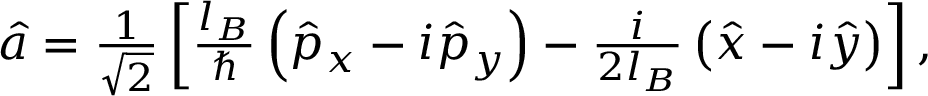
\begin{array} { r } { \hat { a } = \frac { 1 } { \sqrt { 2 } } \left[ \frac { l _ { B } } { \hbar } \left( \hat { p } _ { x } - i \hat { p } _ { y } \right) - \frac { i } { 2 l _ { B } } \left( \hat { x } - i \hat { y } \right) \right] , } \end{array}